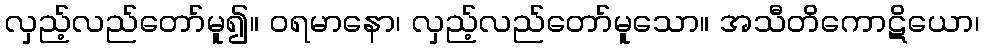
လှည့်လည်တော်မူ၍။ ဝရမာနော၊ လှည့်လည်တော်မူသော။ အသီတိကောဋိယော၊